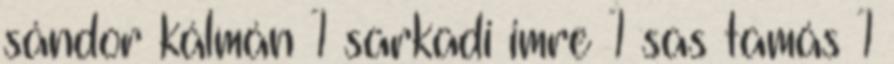
sándor kálmán 1 sarkadi imre 1 sas tamás 1